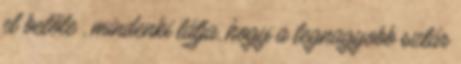
el belőle , mindenki látja, hogy a legnagyobb sztár